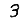
Digit: 3